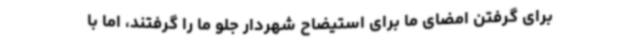
برای گرفتن امضای ما برای استیضاح شهردار جلو ما را گرفتند، اما با